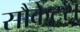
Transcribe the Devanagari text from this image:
सौकेट्स